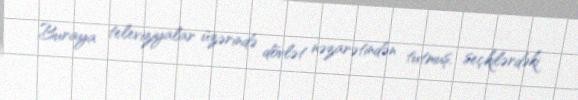
Buraya televiziyalar üzərində dövlət nəzarətindən tutmuş, seçkilərdəki